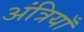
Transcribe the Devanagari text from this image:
अंत्रियाँ